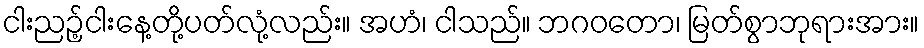
ငါးညဉ့်ငါးနေ့တို့ပတ်လုံ့လည်း။ အဟံ၊ ငါသည်။ ဘဂဝတော၊ မြတ်စွာဘုရားအား။